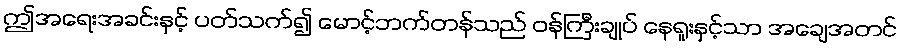
ဤအရေးအခင်းနှင့် ပတ်သက်၍ မောင့်ဘက်တန်သည် ဝန်ကြီးချုပ် နေရူးနှင့်သာ အချေအတင်